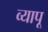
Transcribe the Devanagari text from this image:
व्यापू